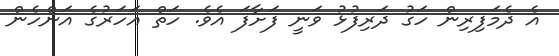
އެ ދެމަފިރިން ހަގު ދަރިފުޅު ވަނީ ފަށާފަ އެވެ. ހަތް އަހަރުގެ އަންހެން